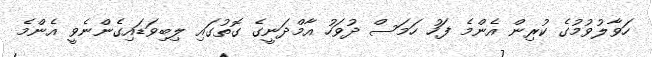
ހަވާލުވުމުގެ ކުރިން އެންމެ ފަހު ހަމަސް ދުވަހު އާމްދަނީގެ ގޮތުގައި ލިބިވަޑައިގެންނެވީ އެންމެ